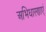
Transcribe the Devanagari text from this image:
अभिधारणाएँ